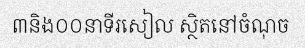
៣និង០០នាទីរសៀល ស្ថិតនៅចំណុច